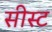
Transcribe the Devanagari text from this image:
सीस्ट